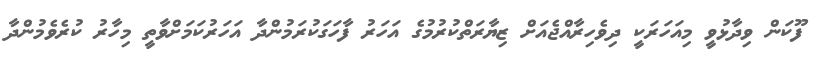
ފޫކަން ވިދާޅުވީ މިއަހަރަކީ ދިވެހިރާއްޖެއަށް ޒިޔާރަތްކުރުމުގެ އަހަރު ފާހަގަކުރަމުންދާ އަހަރުކަމަށްވާތީ މިހާރު ކުރެވެމުންދާ